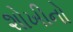
શોખીનો